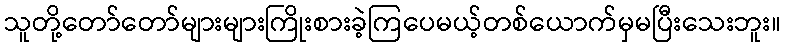
သူတို့တော်တော်များများကြိုးစားခဲ့ကြပေမယ့်တစ်ယောက်မှမပြီးသေးဘူး။